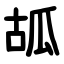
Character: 㼋